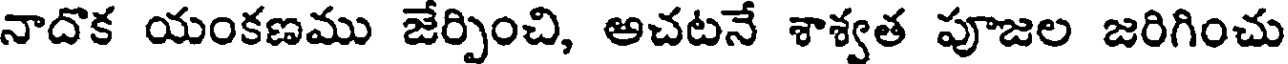
నాదొక యంకణము జేర్పించి, అచటనే శాశ్వత పూజల జరిగించు